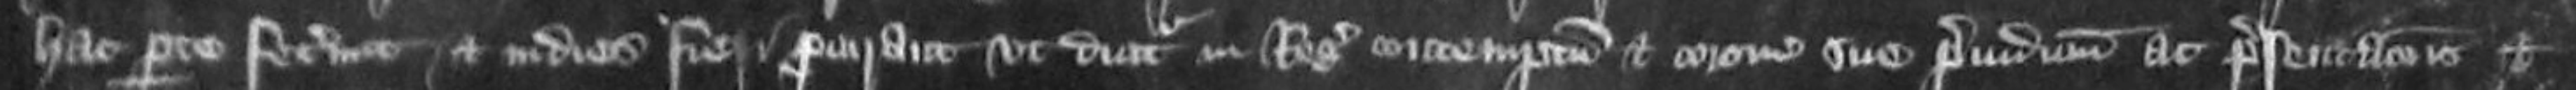
hac parte fecerunt et in dies fieri procuraret ut dicitur in Regis contemptum et corone sue preiudicium ac presentationis et